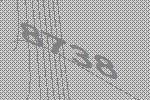
8738